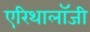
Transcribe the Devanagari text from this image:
एरिथालॉजी